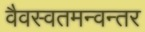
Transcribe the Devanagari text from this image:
वैवस्वतमन्वन्तर